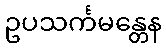
ဥပသင်္ကမန္တေန